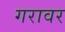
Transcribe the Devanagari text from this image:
गरावर